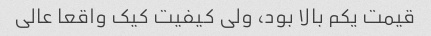
قیمت یکم بالا بود، ولی کیفیت کیک واقعا عالی